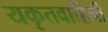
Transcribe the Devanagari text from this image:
यकृतवाहिनी